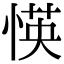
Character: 愥